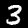
Digit: 3